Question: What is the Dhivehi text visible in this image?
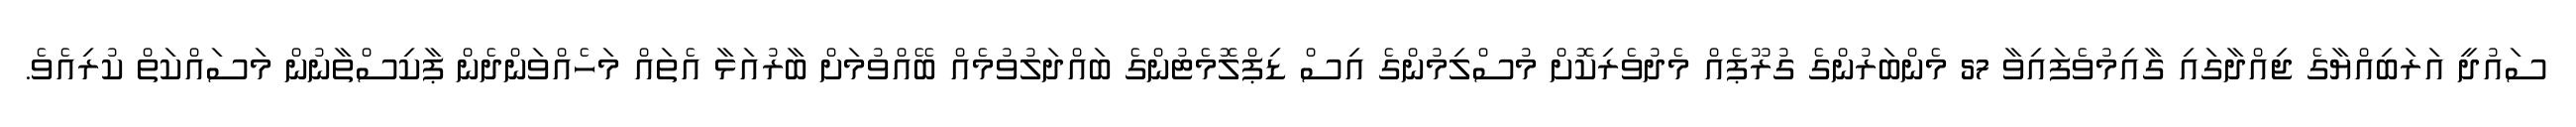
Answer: ސައުދީ އަރަބިއްޔާގެ ޖިއްދާގައި ގާއިމުވެފައިވާ 57 މެންބަރުންގެ ގުރޫޕެއް މެދުވެރިކޮށް މުސްލިމުންގެ އިސް ޑިޕްލޮމެޓުންގެ ބައްދަލުވުމެއް ބޭއްވުމަށް ބާރުއަޅާ އެތައް މަހެއްވަންދެން ޕާކިސްތާނުން މަސައްކަތް ކުރިއެވެ.